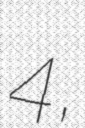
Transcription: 4,